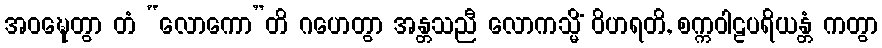
အဝဍ္ဎေတွာ တံ “လောကော”တိ ဂဟေတွာ အန္တသညီ လောကသ္မိံ ဝိဟရတိ, စက္ကဝါဠပရိယန္တံ ကတွာ